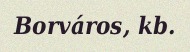
Borváros, kb.